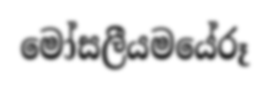
මෝසලීයමයේරූ